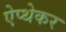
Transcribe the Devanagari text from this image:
ऐप्थेकर